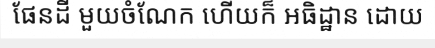
ផែនដី មួយចំណែក ហើយក៏ អធិដ្ឋាន ដោយ